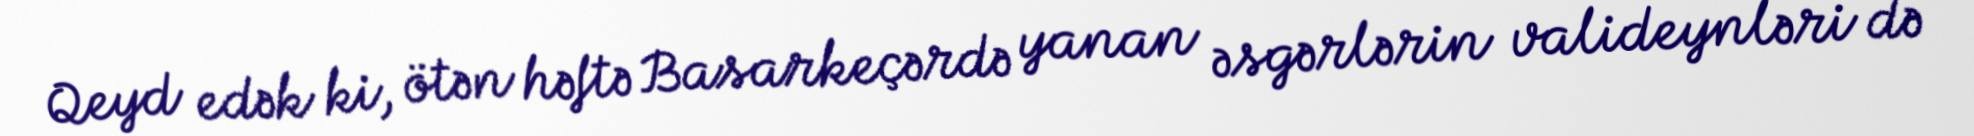
Qeyd edək ki, ötən həftə Basarkeçərdə yanan əsgərlərin valideynləri də